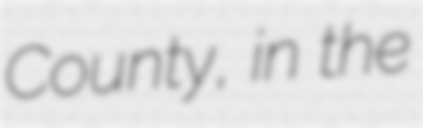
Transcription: County, in the